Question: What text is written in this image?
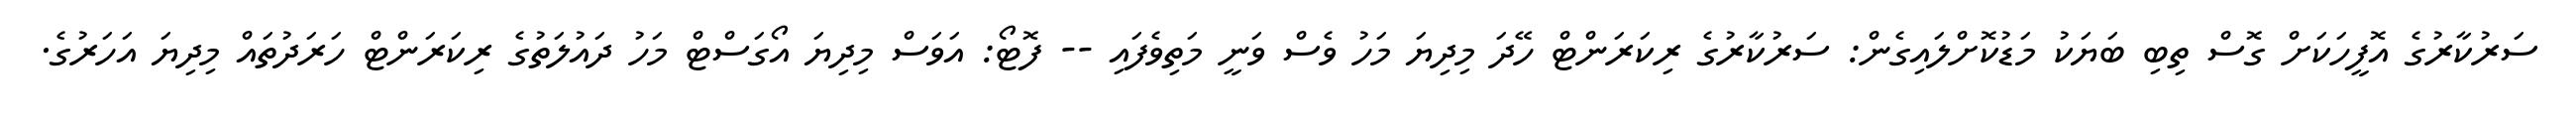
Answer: ސަރުކާރުގެ އޮފީހަކަށް ގޮސް ތިބި ބަޔަކު މަޑުކޮށްލައިގެން: ސަރުކާރުގެ ރިކަރަންޓް ހޭދަ މިދިޔަ މަހު ވެސް ވަނީ މަތިވެފައި -- ފޮޓޯ: އަވަސް މިދިޔަ އޯގަސްޓް މަހު ދައުލަތުގެ ރިކަރަންޓް ހަރަދުތައް މިދިޔަ އަހަރުގެ.